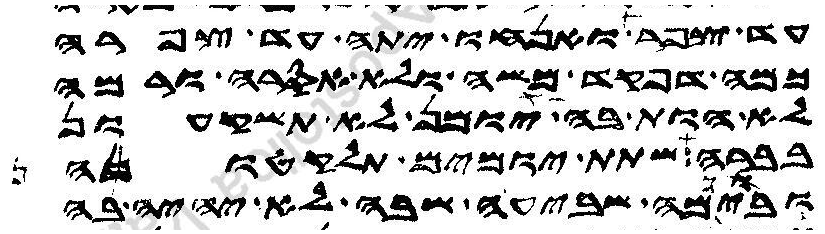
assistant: עד צפר ואנחו יתה עד צפרה
כמה דפקד משה ולא אסרה ורמה
לא הות בה יומן לא תשכעון
בברה שתת יומים תלקתונה
וביומה שביעה שבה לא יהיה בה